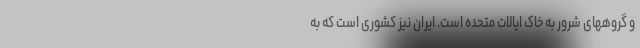
و گروههای شرور به خاک ایالات متحده است. ایران نیز کشوری است که به